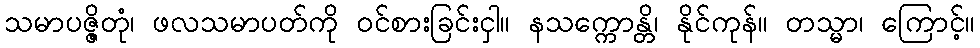
သမာပဇ္ဇိတုံ၊ ဖလသမာပတ်ကို ဝင်စားခြင်းငှါ။ နသက္ကောန္တိ၊ နိုင်ကုန်။ တသ္မာ၊ ကြောင့်။